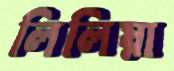
লিলিয়া